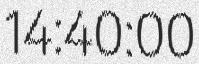
14:40:00